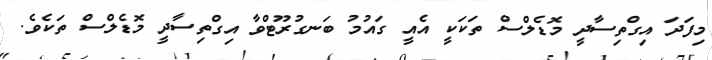
މިފަދަ އިގްތިސާދީ މޮޑެލްސް ތަކަކީ އެއީ ގައުމު ބަނގުރޫޓްވާ އިގްތިސާދީ މޮޑެލްސް ތަކެވެ.